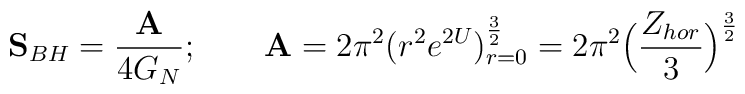
{\bf S}_{BH}={{\bf A}\over 4G_N};\qquad {\bf A}=2\pi^2(r^2e^{2U})_{r=0}^{3\over2}=2\pi^2\Big({Z_{hor}\over3}\Big)^{3\over2}